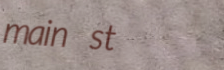
main st